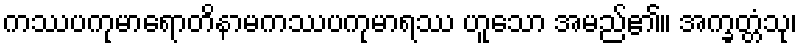
ကဿပကုမာရောတိနာမကဿပကုမာရဿ ဟူသော အမည်၏။ အက္ခတ္တံသု၊